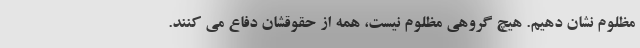
مظلوم نشان دهیم. هیچ گروهی مظلوم نیست، همه از حقوقشان دفاع می کنند.